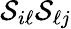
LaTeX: {\cal{S}}_{i\ell}{\cal{S}}_{\ell j}